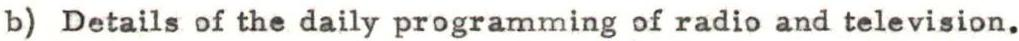
b) Details of the daily programming of radio and television.